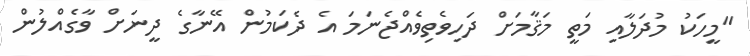
"މީހަކު މުދަލާއި މަތީ މަޤާމަށް ދަހިވެތިވެއްޖެނަމަ އެ ދެކަމުން އޭނާގެ ދީނަށް ވާގެއްލުން